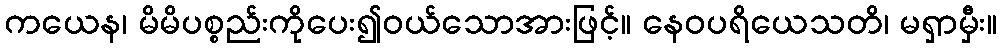
ကယေန၊ မိမိပစ္စည်းကိုပေး၍ဝယ်သောအားဖြင့်။ နေဝပရိယေသတိ၊ မရှာမှီး။